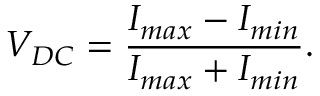
V _ { D C } = \frac { I _ { m a x } - I _ { m i n } } { I _ { m a x } + I _ { m i n } } .